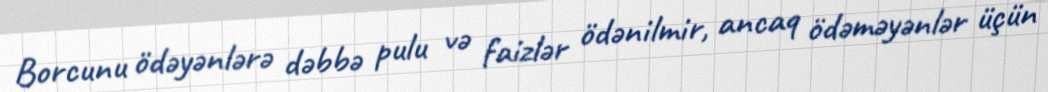
Borcunu ödəyənlərə dəbbə pulu və faizlər ödənilmir, ancaq ödəməyənlər üçün